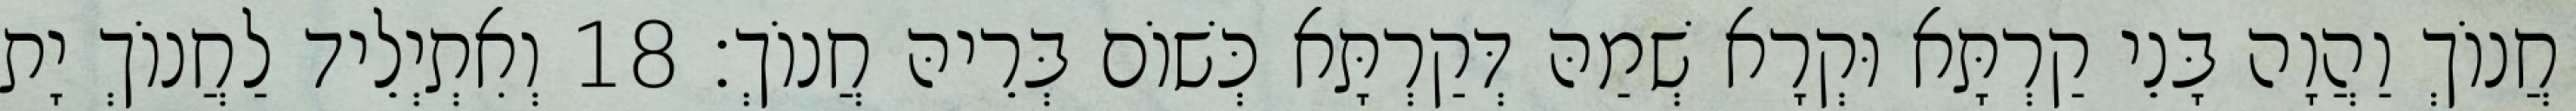
חֲנוֹךְ וַהֲוָה בָּנֵי קַרְתָּא וּקְרָא שְׁמַהּ דְּקַרְתָּא כְּשׁוֹם בְּרֵיהּ חֲנוֹךְ׃ 18 וְאִתְיְלֵיד לַחֲנוֹךְ יָת